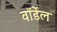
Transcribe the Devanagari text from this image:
वॉर्डेल